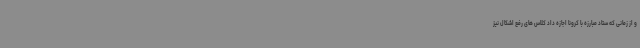
و از زمانی که ستاد مبارزه با کرونا اجازه داد کلاس های رفع اشکال نیز